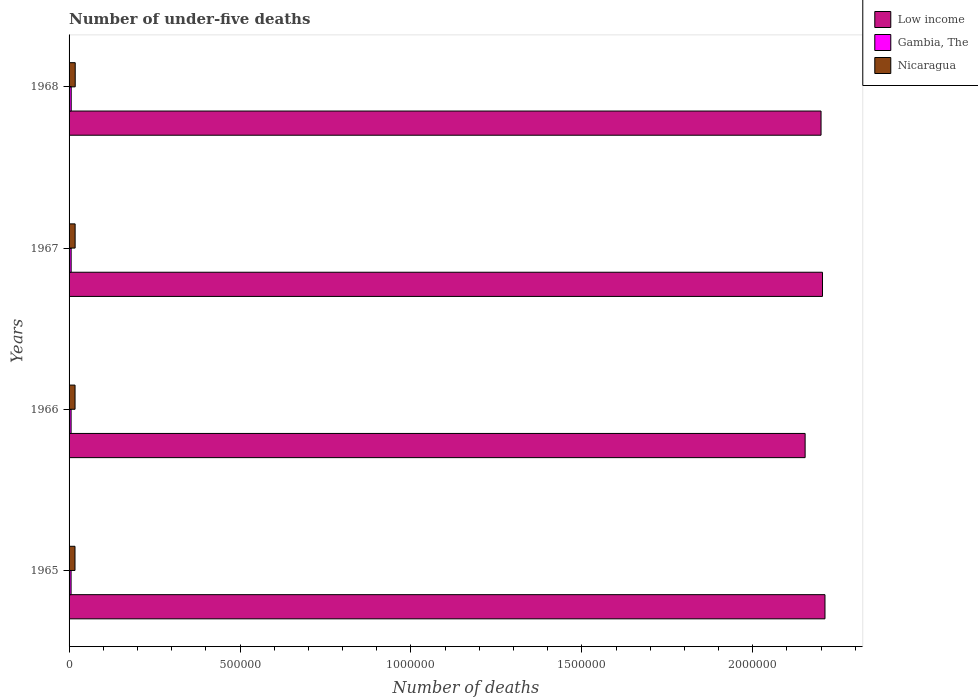
| Years | Low income | Gambia, The | Nicaragua |
 | --- | --- | --- | --- |
 | 1965 | 2.21e+06 | 5.87e+03 | 1.73e+04 |
 | 1966 | 2.15e+06 | 5.92e+03 | 1.75e+04 |
 | 1967 | 2.2e+06 | 6.04e+03 | 1.77e+04 |
 | 1968 | 2.2e+06 | 6.22e+03 | 1.8e+04 |